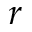
r